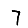
Digit: 7